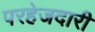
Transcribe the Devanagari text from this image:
परहेजदारी